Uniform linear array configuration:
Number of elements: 16
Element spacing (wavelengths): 0.75
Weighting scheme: hamming
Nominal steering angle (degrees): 45
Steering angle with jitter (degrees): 43.038
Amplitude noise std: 0.05
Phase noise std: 0.05

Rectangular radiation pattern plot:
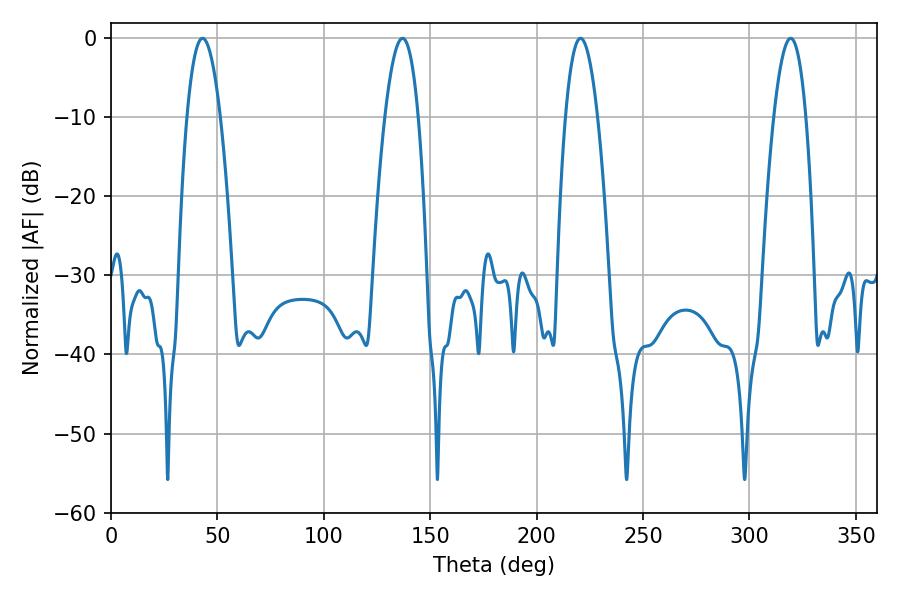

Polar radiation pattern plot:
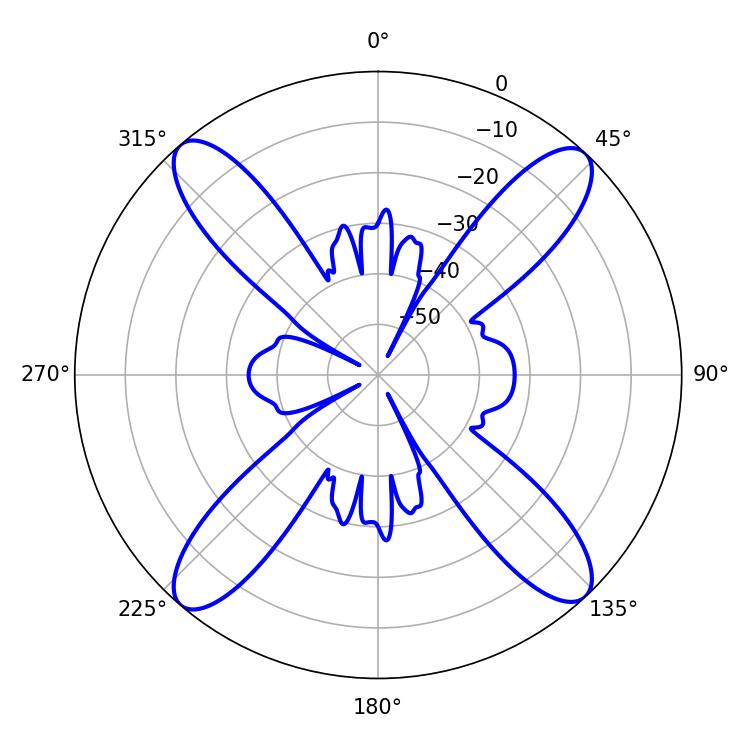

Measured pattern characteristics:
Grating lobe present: TRUE
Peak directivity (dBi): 20.408
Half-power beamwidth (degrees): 8.64
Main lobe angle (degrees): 43.02